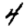
Digit: 4